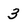
Character: 3